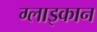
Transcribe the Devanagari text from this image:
ग्लाइकान